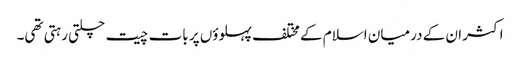
اکثر ان کے درمیان اسلام کے مختلف پہلوؤں پر بات چیت چلتی رہتی تھی۔